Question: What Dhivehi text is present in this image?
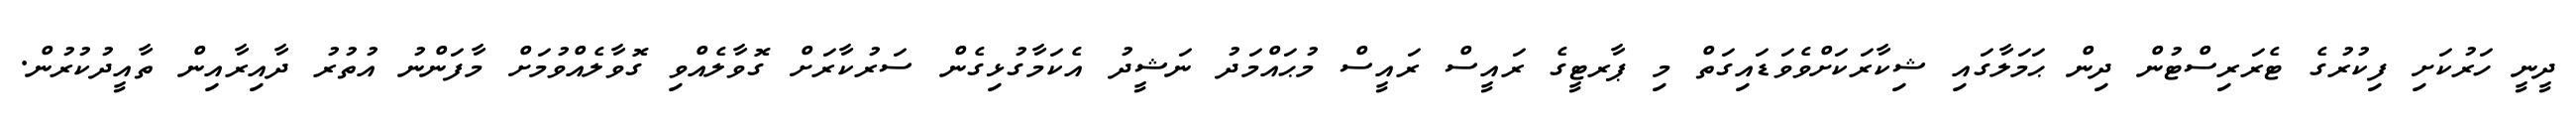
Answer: ދީނީ ހަރުކަށި ފިކުރުގެ ޓެރަރިސްޓުން ދިން ޙަމަލާގައި ޝިކާރަކަށްވެވަޑައިގަތް މި ޕާރޓީގެ ރައީސް ރައީސް މުޙައްމަދު ނަޝީދު އެކަމާގުޅިގެން ސަރުކާރަށް ގޮވާލެއްވި ގޮވާލެއްވުމަށް މާފަންނު އުތުރު ދާއިރާއިން ތާއީދުކުރުން.